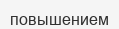
повышением